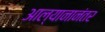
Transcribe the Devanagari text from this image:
आल्यानानंतर